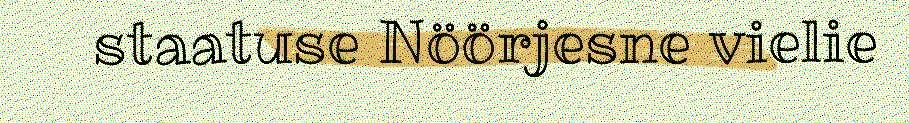
staatuse Nöörjesne vielie